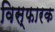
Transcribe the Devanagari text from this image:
विस्फारक